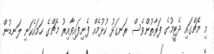
މި މެޗްގައި ދެޓީމުގެ ފަރާތުންވެސް ރަނގަޅު ކުޅުމެއް ފެނިފައިވާއިރު މެޗްގެ ހަމައެކަނި ލަނޑުން